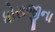
ધોરાજીના